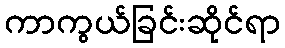
ကာကွယ်ခြင်းဆိုင်ရာ